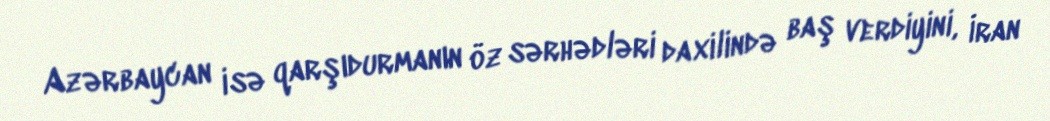
Azərbaycan isə qarşıdurmanın öz sərhədləri daxilində baş verdiyini, İran